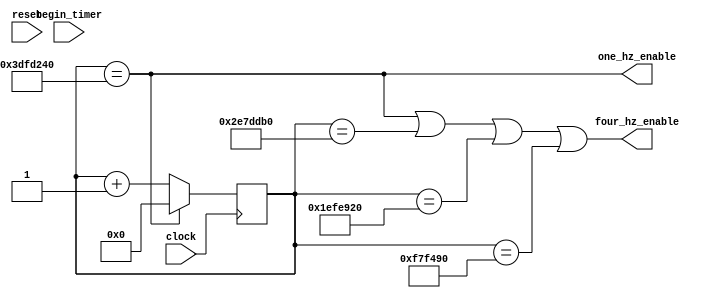
`timescale 1ns / 1ps
//////////////////////////////////////////////////////////////////////////////////
// Company: 
// Engineer: 
// 
// Design Name: 
// Module Name:    divider_65mhz 
// Project Name: 
// Target Devices: 
// Tool versions: 
// Description: 
//
// Dependencies: 
//
// Revision: 
// Revision 0.01 - File Created
// Additional Comments: 
//
//////////////////////////////////////////////////////////////////////////////////
module divider_65mhz(
    input clock, //gets 65MHz clock
    input reset,
    input begin_timer,
    output one_hz_enable,
	output four_hz_enable //4 times per second
    );
    
reg [25:0] counter = 0; //26 bits counts to 65,000,000
    
always @ (posedge clock) begin
    if (reset) counter <= 0;
    if (begin_timer) counter <= 0;
    if (counter == 26'd65_000_000) counter <= 0;
    else counter <= counter + 1;
end

assign one_hz_enable = (counter == 26'd65_000_000);
assign four_hz_enable = ((counter == 26'd65_000_000) || (counter == 26'd48_750_000) ||
	(counter == 26'd32_500_000) || (counter == 26'd16_250_000));

endmodule